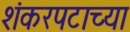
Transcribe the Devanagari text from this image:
शंकरपटाच्या